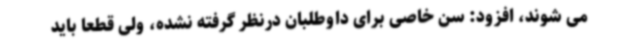
می شوند، افزود: سن خاصی برای داوطلبان درنظر گرفته نشده، ولی قطعا باید